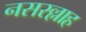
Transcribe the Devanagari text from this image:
नसरल्लाह